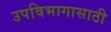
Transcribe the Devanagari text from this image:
उपविभागासाठी